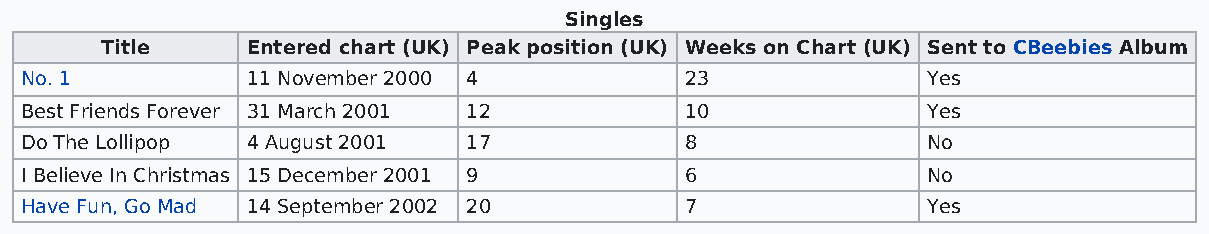
Singles
 Title    Entered chart (UK) Peak position (UK) Weeks on Chart (UK) Sent to CBeebies Album
 No. 1          11 November 2000 4           23              Yes
 Best Friends Forever 31 March 2001 12       10              Yes
 Do The Lollipop 4 August 2001 17            8               No
 I Believe In Christmas 15 December 2001 9   6               No
 Have Fun, Go Mad 14 September 2002 20       7               Yes